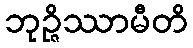
ဘုဉ္ဇိဿာမီတိ